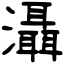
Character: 灄